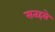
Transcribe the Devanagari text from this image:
सतहसे